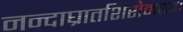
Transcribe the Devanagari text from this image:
नन्दाघ्रातशिरोमध्यः